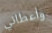
وأعطاني